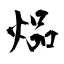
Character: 煰